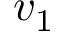
v _ { 1 }